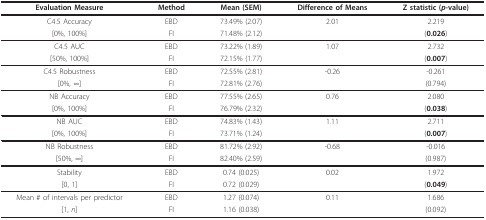
| Evaluation Measure | Method | Mean (SEM) | Difference of Means | Z statistic (p-value) |
 | --- | --- | --- | --- | --- |
 | C4.5 Accuracy | EBD | 73.49% (2.07) | 2.01 | 2.219 |
 | [0%, 100%] | FI | 71.48% (2.12) |  | (0.026) |
 | C4.5 AUC | EBD | 73.22% (1.89) | 1.07 | 2.732 |
 | [50%, 100%] | FI | 72.15% (1.77) |  | (0.007) |
 | C4.5 Robustness | EBD | 72.55% (2.81) | -0.26 | -0.261 |
 | [0%, ∞] | FI | 72.81% (2.76) |  | (0.794) |
 | NB Accuracy | EBD | 77.55% (2.65) | 0.76 | 2.080 |
 | [0%, 100%] | FI | 76.79% (2.32) |  | (0.038) |
 | NB AUC | EBD | 74.83% (1.43) | 1.11 | 2.711 |
 | [0%, 100%] | FI | 73.71% (1.24) |  | (0.007) |
 | NB Robustness | EBD | 81.72% (2.92) | -0.68 | -0.016 |
 | [50%, ∞] | FI | 82.40% (2.59) |  | (0.987) |
 | Stability | EBD | 0.74 (0.025) | 0.02 | 1.972 |
 | [0, 1] | FI | 0.72 (0.029) |  | (0.049) |
 | Mean # of intervals per predictor | EBD | 1.27 (0.074) | 0.11 | 1.686 |
 | [1, n] | FI | 1.16 (0.038) |  | (0.092) |